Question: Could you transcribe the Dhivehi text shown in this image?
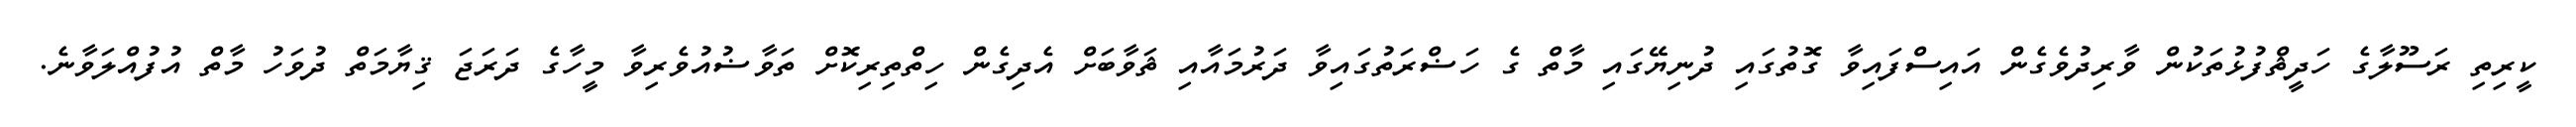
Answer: ކީރިތި ރަސޫލާގެ ހަދީޘްފުޅުތަކުން ވާރިދުވެގެން އައިސްފައިވާ ގޮތުގައި ދުނިޔޭގައި މާތް ގެ ހަޟްރަތުގައިވާ ދަރުމައާއި ޘަވާބަށް އެދިގެން ހިތްތިރިކޮށް ތަވާޟުއުވެރިވާ މީހާގެ ދަރަޖަ ޤިޔާމަތް ދުވަހު މާތް އުފުއްލަވާނެ.